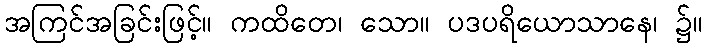
အကြင်အခြင်းဖြင့်။ ကထိတေ၊ သော။ ပဒပရိယောသာနေ၊ ၌။